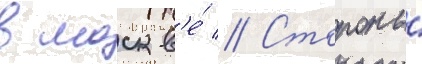
в москв'е́ // Стороны́